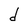
Character: d